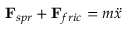
\mathbf { F } _ { s p r } + \mathbf { F } _ { f r i c } = m \ddot { x }